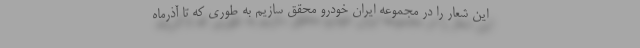
این شعار را در مجموعه ایران خودرو محقق سازیم به طوری که تا آذرماه